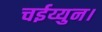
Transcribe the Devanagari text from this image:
चईय्युन।